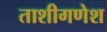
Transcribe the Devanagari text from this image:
ताशीगणेश